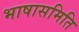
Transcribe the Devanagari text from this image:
भाषासमिति